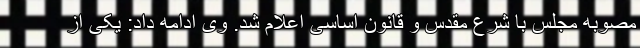
مصوبه مجلس با شرع مقدس و قانون اساسی اعلام شد. وی ادامه داد: یکی از